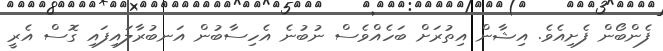
ފެންބޯން ފެށިއެވެ. އިޝާން އިތުރަށް ބަހެއްވެސް ނުބުނެ އެހިސާބުން އަނބުރާލައިފައި ގޮސް އެރީ